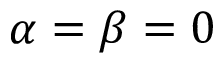
\alpha = \beta = 0